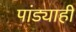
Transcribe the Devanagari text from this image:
पांड्याही